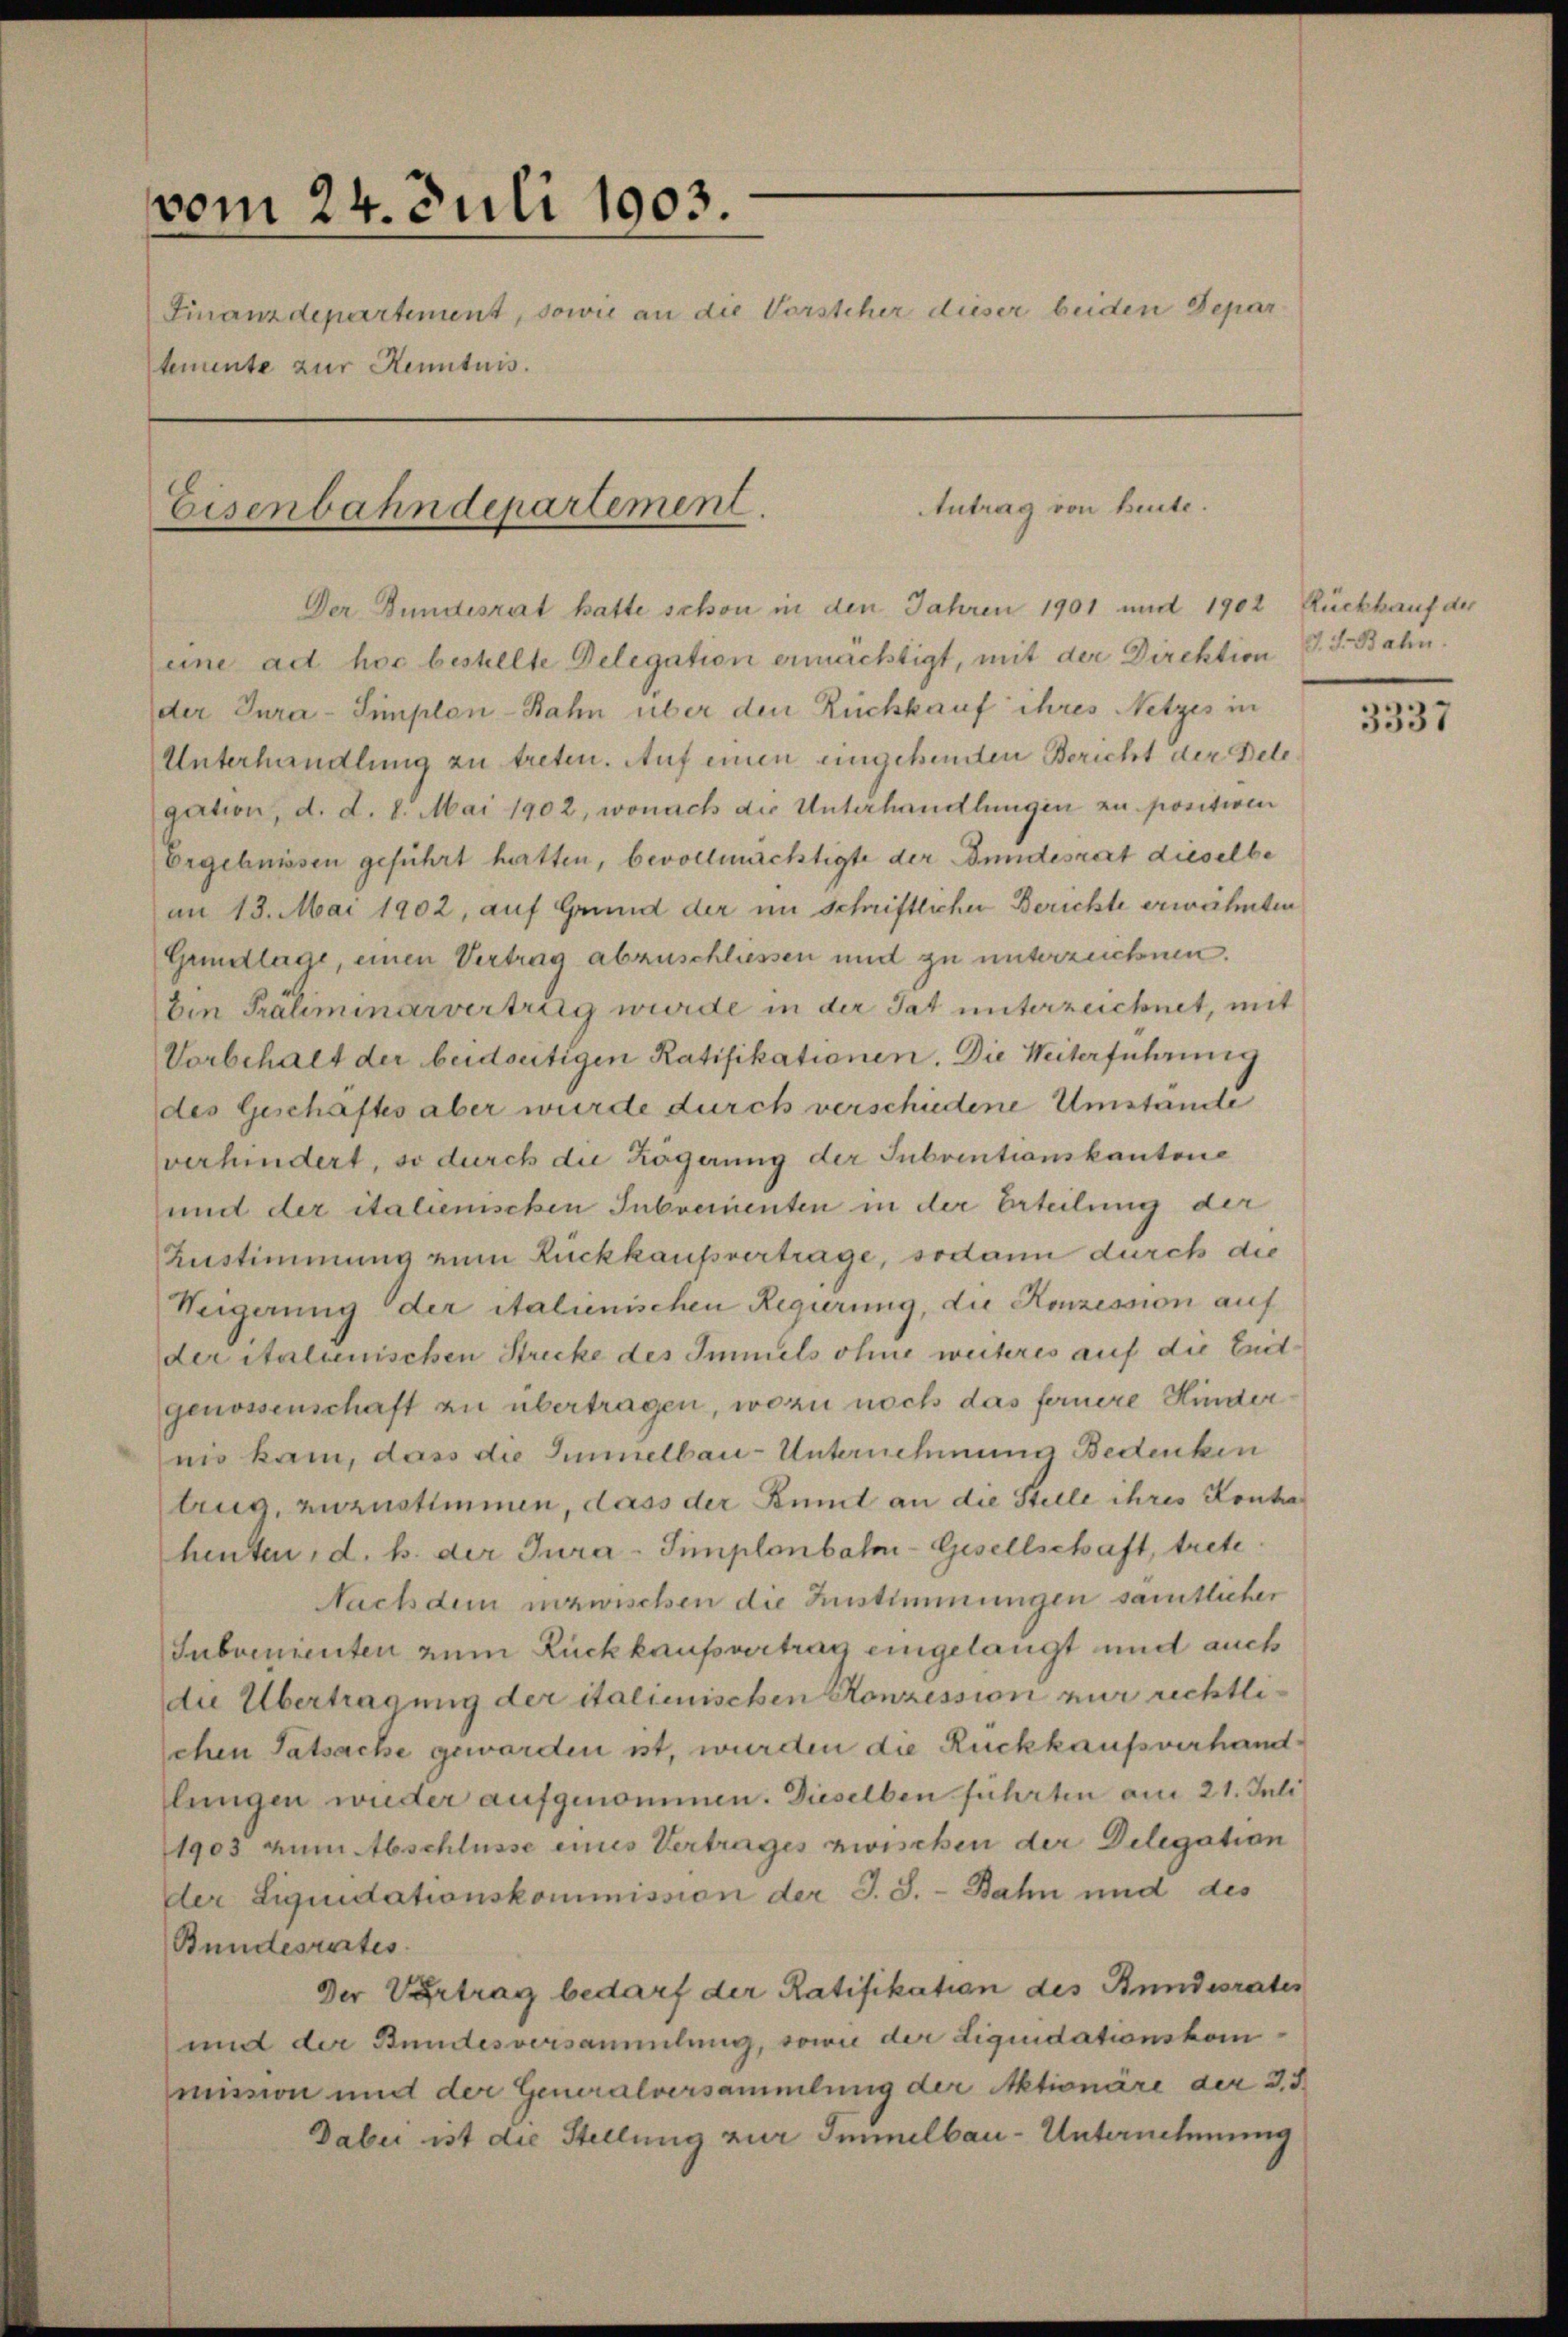
vom 24. Juli 1903.
Finanzdepartement, sowie an die Vorsteher dieser beiden Depar
temente zur Kenntnis.

Der Bundesrat hatte schon in den Jahren 1901 und 1902 Rückkauf der
(eine ad hoc bestellte Delegation ermächtigt, mit der Direktion
der Jura-Simplen-Bahn über den Rückkauf ihres Netzes in
Unterhandlung zu treten. Auf einen eingehenden Bericht der Belegation, d. d. 8. Mai 1902, wonach die Unterhandlungen zu positiven
Ergebnissen geführt hatten, bevollmächtigte der Bundesrat dieselbe
an 13. Mai 1902, auf Grund der im schriftlicher Berichte erwähnten
Grundlage, einen Vertrag abzuschliessen und zu unterzeichnen.
Ein Präliminarvertrag wurde in der Tat unterzeichnet, mit
Vorbehalt der beidseitigen Ratifikationen. Die Weiterführung
des Geschäftes aber wurde durch verschiedene Umstande
verhindert, so durch die Hägerung der Subventionskantone
und der italienischen Subvementen in der Erteilung der
Zustimmung zum Rückkaufsvertrage, sodann durch die
Weigerung der italienischen Regierung, die Konzession auf
der italienischen Strecke des Immels ohne weiteres auf die Zeitgenossenschaft zu übertragen, wozu noch das fernere Kinder
nis kam, dass die Simmelbau-Unternehmung Bedenken
trug, zuzustimmen, dass der Bunt an die Stelle ihres Konta
henten, d. h. der Jura-Simplonbahn-Gesellschaft, trete
Nachdem inzwischen die Zustimmungen samtlicher
Subvenienten zum Rückkaufsvertrag eingelangt und auch
die Übertragung der italienischen Konzession nur rechtlichen Tatsache geworden ist, wurden die Rückkaufsverhandlungen wieder aufgenommen. Dieselben führten am 21. Juli
1903 zum Abschlüsse eines Vertrages zwischen der Delegation
der Liquidationskommission der J. J. - Bahn und des
Bundesrates.
Der Vertrag bedarf der Ratifikation des Bundesrates
und der Bundesversammlung, sowie der Liquidationskommission und der Generalversammlung der Aktionäre der 3. 3
Dabei ist die Stellung zur Immelbau-Unternehmung

Eisenbahndepartement.

Antrag von heute.

J. J. Bahn.

3337